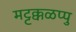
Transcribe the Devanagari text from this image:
मट्टक्कळप्पु